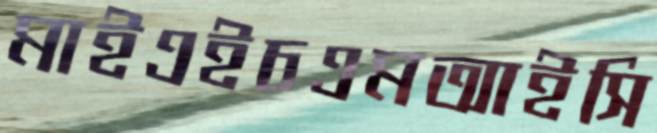
মাইএইচএমআইসি